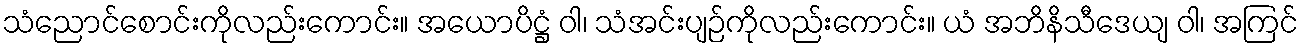
သံညောင်စောင်းကိုလည်းကောင်း။ အယောပိဋ္ဌံ ဝါ၊ သံအင်းပျဉ်ကိုလည်းကောင်း။ ယံ အဘိနိသီဒေယျ ဝါ၊ အကြင်